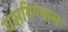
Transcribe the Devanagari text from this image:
वसविण्यास